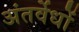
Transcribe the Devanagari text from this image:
अंतर्वेधों